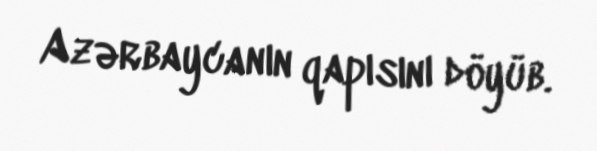
Azərbaycanın qapısını döyüb.